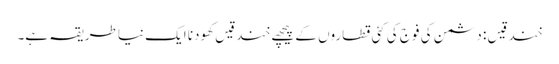
خندقیں : دشمن کی فوج کی کئی قطاروں کے پیچھے خندقیں کھودنا ایک نیا طریقہ ہے۔